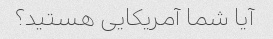
آیا شما آمریکایی هستید؟